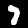
Label: 7